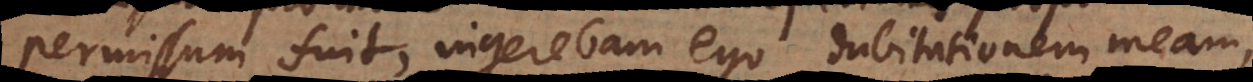
permissum fuit, ingerebam ego dubitationem meam,